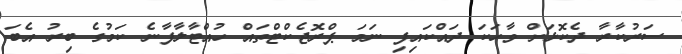
ސަރުކާރާ ދެކޮޅަށް ވާހަކަ ދައްކައިފި ނަމަ ޕްރޮޖެކްޓްތައް ހުއްޓާލާފާނެ ކަމުގެ ބިރު އެބަ